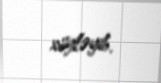
söyləyib.